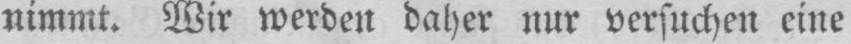
nimmt. Wir werden daher nur versuchen eine